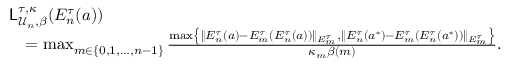
\begin{array} { r l } & { { \mathsf { L } } _ { { \mathcal { U } } _ { n } , \beta } ^ { \tau , \kappa } ( E _ { n } ^ { \tau } ( a ) ) } \\ & { \quad = \operatorname* { m a x } _ { m \in \{ 0 , 1 , \ldots , n - 1 \} } \frac { \operatorname* { m a x } \left\{ \| E _ { n } ^ { \tau } ( a ) - E _ { m } ^ { \tau } ( E _ { n } ^ { \tau } ( a ) ) \| _ { E _ { m } ^ { \tau } } , \| E _ { n } ^ { \tau } ( a ^ { * } ) - E _ { m } ^ { \tau } ( E _ { n } ^ { \tau } ( a ^ { * } ) ) \| _ { E _ { m } ^ { \tau } } \right\} } { \kappa _ { m } \beta ( m ) } . } \end{array}